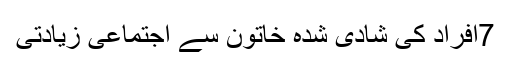
7افراد کی شادی شدہ خاتون سے اجتماعی زیادتی